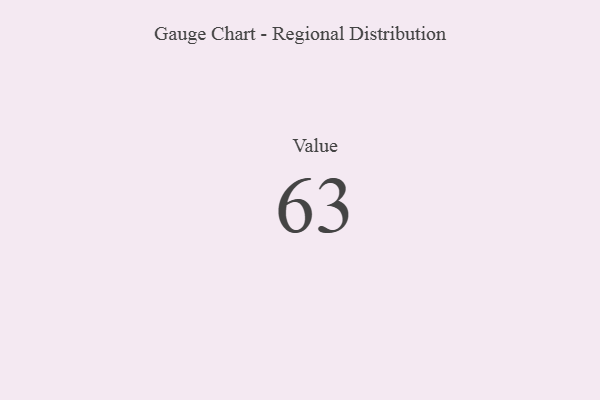
{"axis": {"x": "Metric", "y": "Value"}, "legend": [""], "data": [{"x": "Value", "y": 63, "type": ""}]}